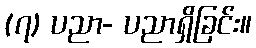
(၇) ပညာ- ပညာရှိခြင်း။